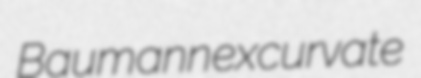
Baumann excurvate